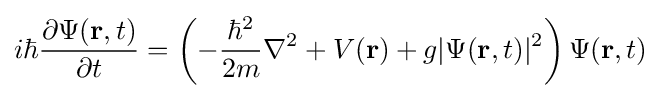
i\hbar {\frac {\partial \Psi (\mathbf {r} ,t)}{\partial t}}=\left(-{\frac {\hbar ^{2}}{2m}}\nabla ^{2}+V(\mathbf {r} )+g|\Psi (\mathbf {r} ,t)|^{2}\right)\Psi (\mathbf {r} ,t)